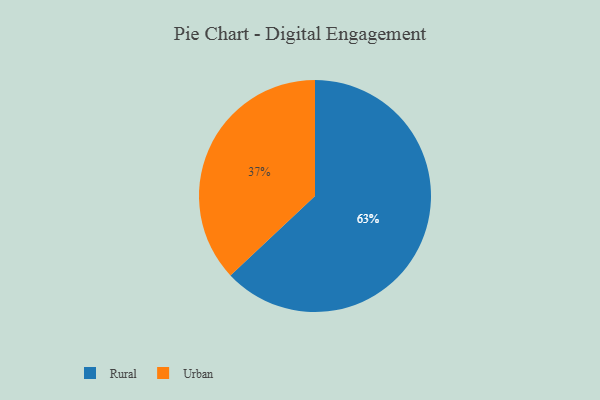
{"axis": {"x": "Category", "y": "Percentage"}, "legend": ["Rural", "Urban"], "data": [{"x": "Urban", "y": 37, "type": "Urban"}, {"x": "Rural", "y": 63, "type": "Rural"}]}